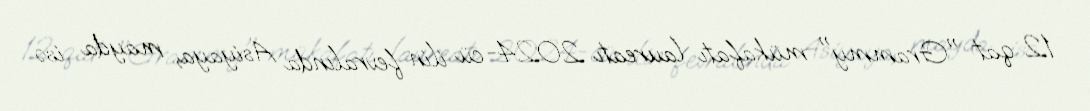
12 qat "Grammy" mükafatı laureatı 2024-cü ilin fevralında Asiyaya, mayda isə